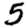
Digit: 5